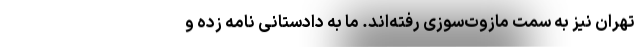
تهران نیز به سمت مازوت‌سوزی رفته‌اند. ما به دادستانی نامه زده‌ و